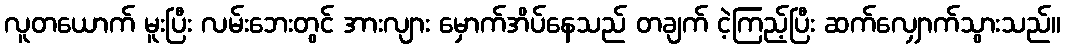
လူတယောက် မူးပြီး လမ်းဘေးတွင် အားလျား မှောက်အိပ်နေသည် တချက် ငဲ့ကြည့်ပြီး ဆက်လျှောက်သွားသည်။